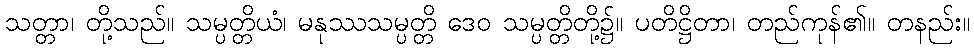
သတ္တာ၊ တို့သည်။ သမ္ပတ္တိယံ၊ မနုဿသမ္ပတ္တိ ဒေဝ သမ္ပတ္တိတို့၌။ ပတိဋ္ဌိတာ၊ တည်ကုန်၏။ တနည်း။